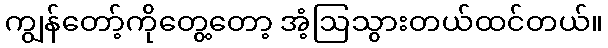
ကျွန်တော့်ကိုတွေ့တော့ အံ့ဩသွားတယ်ထင်တယ်။